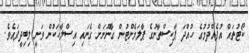
ކޯޓުތައް އުފެއްދުމުގެ ހުއްދަ ޕާކިސްތާނުގެ ޕާލަމެންޓުން ގާނޫނަށް ގެނައި އިސްލާހަކުން ވަނީ ލިބިދީފައެވެ.